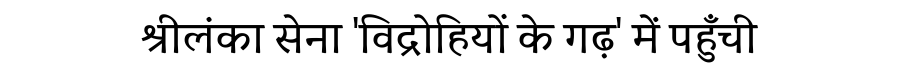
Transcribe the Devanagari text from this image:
श्रीलंका सेना 'विद्रोहियों के गढ़' में पहुँची